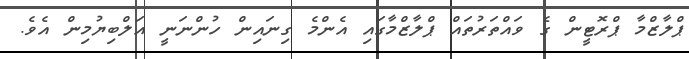
ޕްލާޒްމާ ޕްރޮޓީން ގެ ވައްތަރުތައް ޕްލާޒްމާގައި އެންމެ ގިނައިން ހުންނަނީ އަލްބިޔުމިން އެވެ.